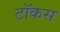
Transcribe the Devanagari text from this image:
टॉकस